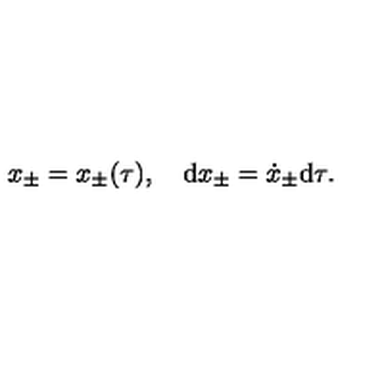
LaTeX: x _ { \pm } = x _ { \pm } ( \tau ) , \quad \mathrm { d } x _ { \pm } = \dot { x } _ { \pm } \mathrm { d } \tau .